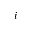
i